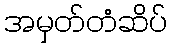
အမှတ်တံဆိပ်